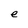
Character: e